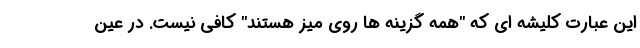
این عبارت کلیشه ای که "همه گزینه ها روی میز هستند" کافی نیست. در عین